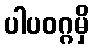
ပါပဝဂ္ဂမှိ